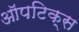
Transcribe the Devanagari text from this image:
ऑपटिक्स